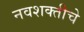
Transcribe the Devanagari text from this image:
नवशक्तीचे